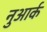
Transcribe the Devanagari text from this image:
नुआर्क